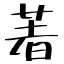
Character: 著